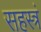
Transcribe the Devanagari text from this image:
सहस्त्रं